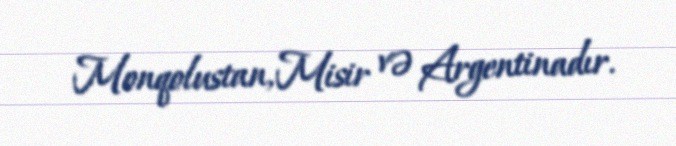
Monqolustan, Misir və Argentinadır.